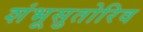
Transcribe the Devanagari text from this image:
शंभूसुतोरिव